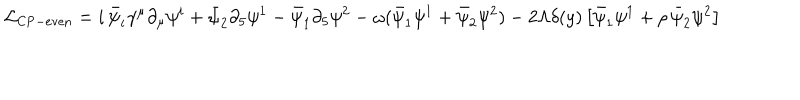
\mathcal { L } _ { \mathrm { C P - e v e n } } = i \, \bar { \psi } _ { i } \gamma ^ { \mu } \partial _ { \mu } \psi ^ { i } + \bar { \psi } _ { 2 } \partial _ { 5 } \psi ^ { 1 } - \bar { \psi } _ { 1 } \partial _ { 5 } \psi ^ { 2 } - \omega ( \bar { \psi } _ { 1 } \psi ^ { 1 } + \bar { \psi } _ { 2 } \psi ^ { 2 } ) - 2 \Lambda \delta ( y ) \left[ \bar { \psi } _ { 1 } \psi ^ { 1 } + \rho \, \bar { \psi } _ { 2 } \psi ^ { 2 } \right]